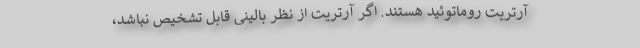
آرتریت روماتوئید هستند. اگر آرتریت از نظر بالینی قابل تشخیص نباشد،